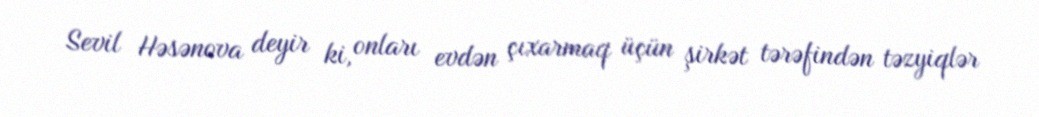
Sevil Həsənova deyir ki, onları evdən çıxarmaq üçün şirkət tərəfindən təzyiqlər